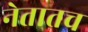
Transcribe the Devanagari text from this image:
नेतातच